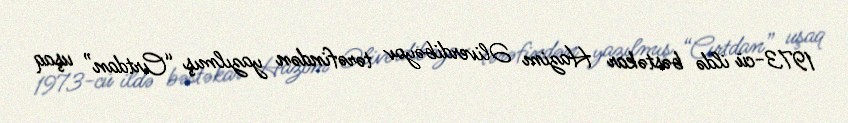
1973-cü ildə bəstəkar Hazim Əliverdibəyov tərəfindən yazılmış “Cırtdan” uşaq